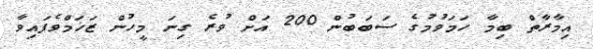
އިމާރާތް ބިމާ ހަމަވުމުގެ ސަބަބުން 200 އަށް ވުރެ ގިނަ މީހުން ޒަޚަމްވެފައިވާ